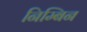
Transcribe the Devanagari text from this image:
निम्बिन